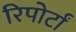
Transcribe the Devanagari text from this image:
रिपोर्टां